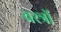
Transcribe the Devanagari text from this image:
वस्‍त्रों